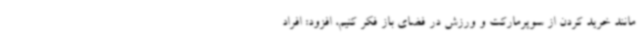
مانند خرید کردن از سوپرمارکت و ورزش در فضای باز فکر کنیم، افزود: افراد